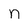
Character: n